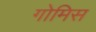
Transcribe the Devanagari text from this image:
गोमिस